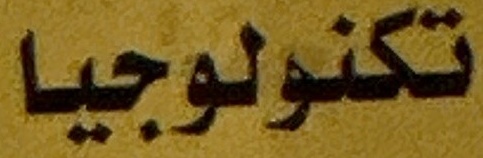
تكنولوجیا